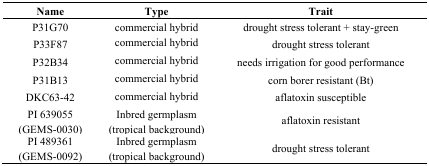
| Name | Type | Trait |
 | --- | --- | --- |
 | P31G70 | commercial hybrid | drought stress tolerant + stay-green |
 | P33F87 | commercial hybrid | drought stress tolerant |
 | P32B34 | commercial hybrid | needs irrigation for good performance |
 | P31B13 | commercial hybrid | corn borer resistant (Bt) |
 | DKC63-42 | commercial hybrid | aflatoxin susceptible |
 | PI 639055 (GEMS-0030) | Inbred germplasm (tropical background) | aflatoxin resistant |
 | PI 489361 (GEMS-0092) | Inbred germplasm (tropical background) | drought stress tolerant |